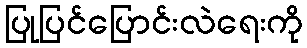
ပြုပြင်ပြောင်းလဲရေးကို